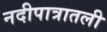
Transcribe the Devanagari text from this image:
नदीपात्रातली